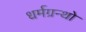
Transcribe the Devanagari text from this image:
धर्मग्रन्थो